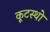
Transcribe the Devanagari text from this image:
कूटस्थो